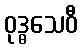
ဝုဒ္ဓသေဝီ